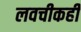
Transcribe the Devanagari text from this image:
लवचीकही